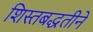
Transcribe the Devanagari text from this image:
शिस्तबद्धतीने